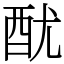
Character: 𨠄